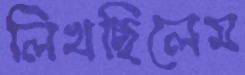
লিখছিলেম